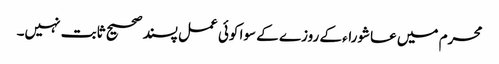
محرم میں عاشوراء کے روزے کے سوا کوئی عمل پسند صحیح ثابت نہیں۔